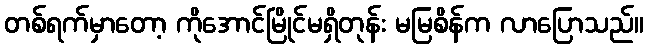
တစ်ရက်မှာတော့ ကိုအောင်မြိုင်မရှိတုန်း မမြစိန်က လာပြောသည်။